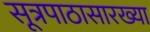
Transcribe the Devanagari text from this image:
सूत्रपाठासारख्या